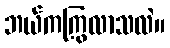
ဘယ်ကကြွလာသလဲ။